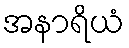
အနာရိယံ